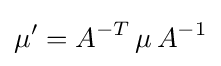
\mu '=A^{-T}\,\mu \,A^{-1}